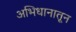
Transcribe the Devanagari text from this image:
अभिधानातून